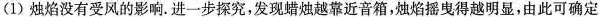
(1)烛焰没有受风的影响。进一步探究，发现蜡烛越靠近音箱，烛焰摇曳得越明显，由此可确定